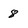
Character: 8